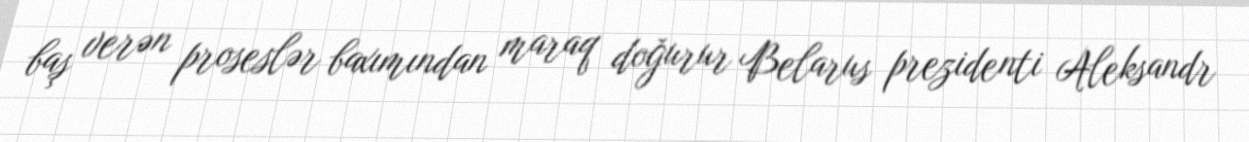
baş verən proseslər baxımından maraq doğurur Belarus prezidenti Aleksandr